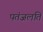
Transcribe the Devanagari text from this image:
पतंजलति